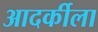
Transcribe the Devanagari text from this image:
आदर्कीला